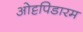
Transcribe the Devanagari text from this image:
ओट्टपिडारम